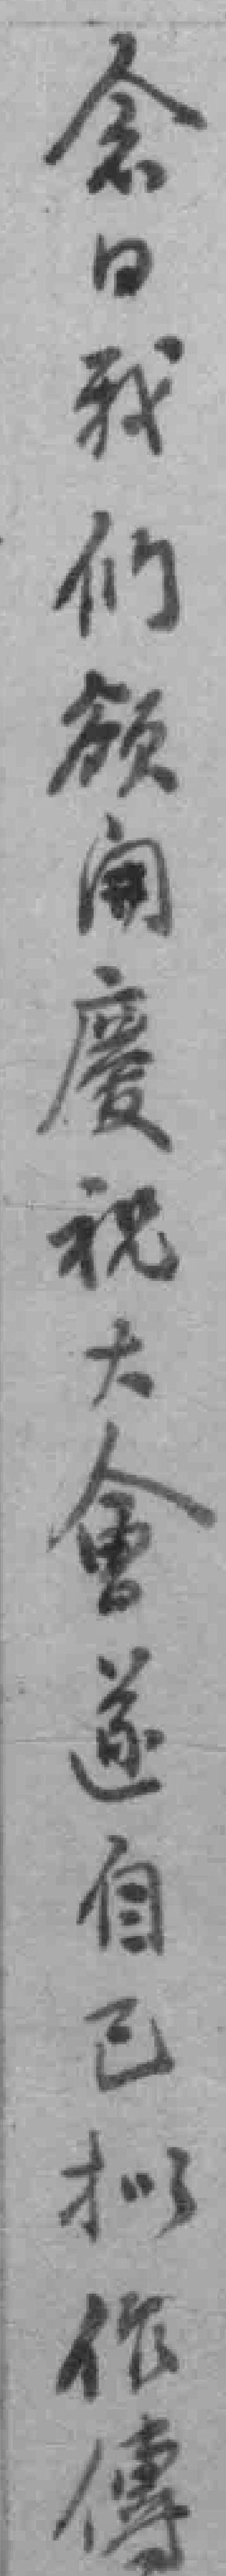
念日我们欲開慶祝大會遂自己拟作傳